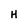
Character: H